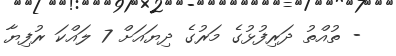
- ތުއްތު ދަރިފުޅުގެ މަރުގެ ދިޔައަށް 7 ލައްކަ ރުފިޔާ